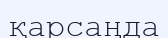
қарсаңда